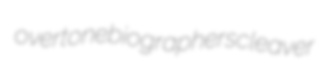
overtone biographers cleaver